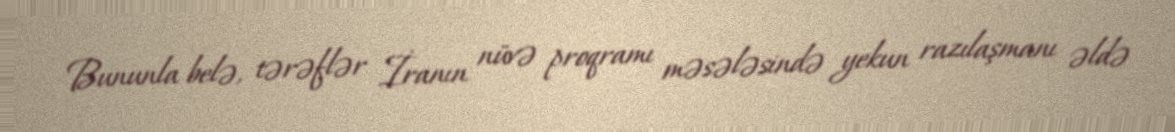
Bununla belə, tərəflər İranın nüvə proqramı məsələsində yekun razılaşmanı əldə